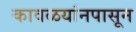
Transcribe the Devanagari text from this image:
कावळयांनपासून